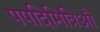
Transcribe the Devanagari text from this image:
पपदिमित्रिऔ